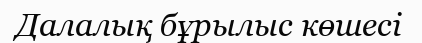
Далалық бұрылыс көшесі